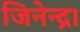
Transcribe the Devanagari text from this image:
जिनेन्द्र।